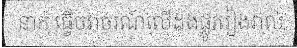
នាក់ ធ្វើចរាចរណ៍លើដងផ្លូវរៀងរាល់